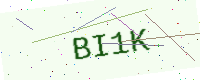
Text: BI1K